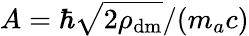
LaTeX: A=\hbar\sqrt{2\rho_{\textrm{dm}}}/(m_{a}c)